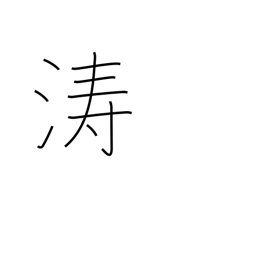
Meaning: billows